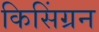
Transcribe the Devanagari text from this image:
किसिंग्रन